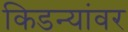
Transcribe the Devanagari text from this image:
किडन्यांवर